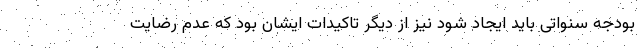
بودجه سنواتی باید ایجاد شود نیز از دیگر تاکیدات ایشان بود که عدم رضایت